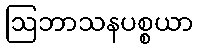
ဩဘာသနပစ္စယာ